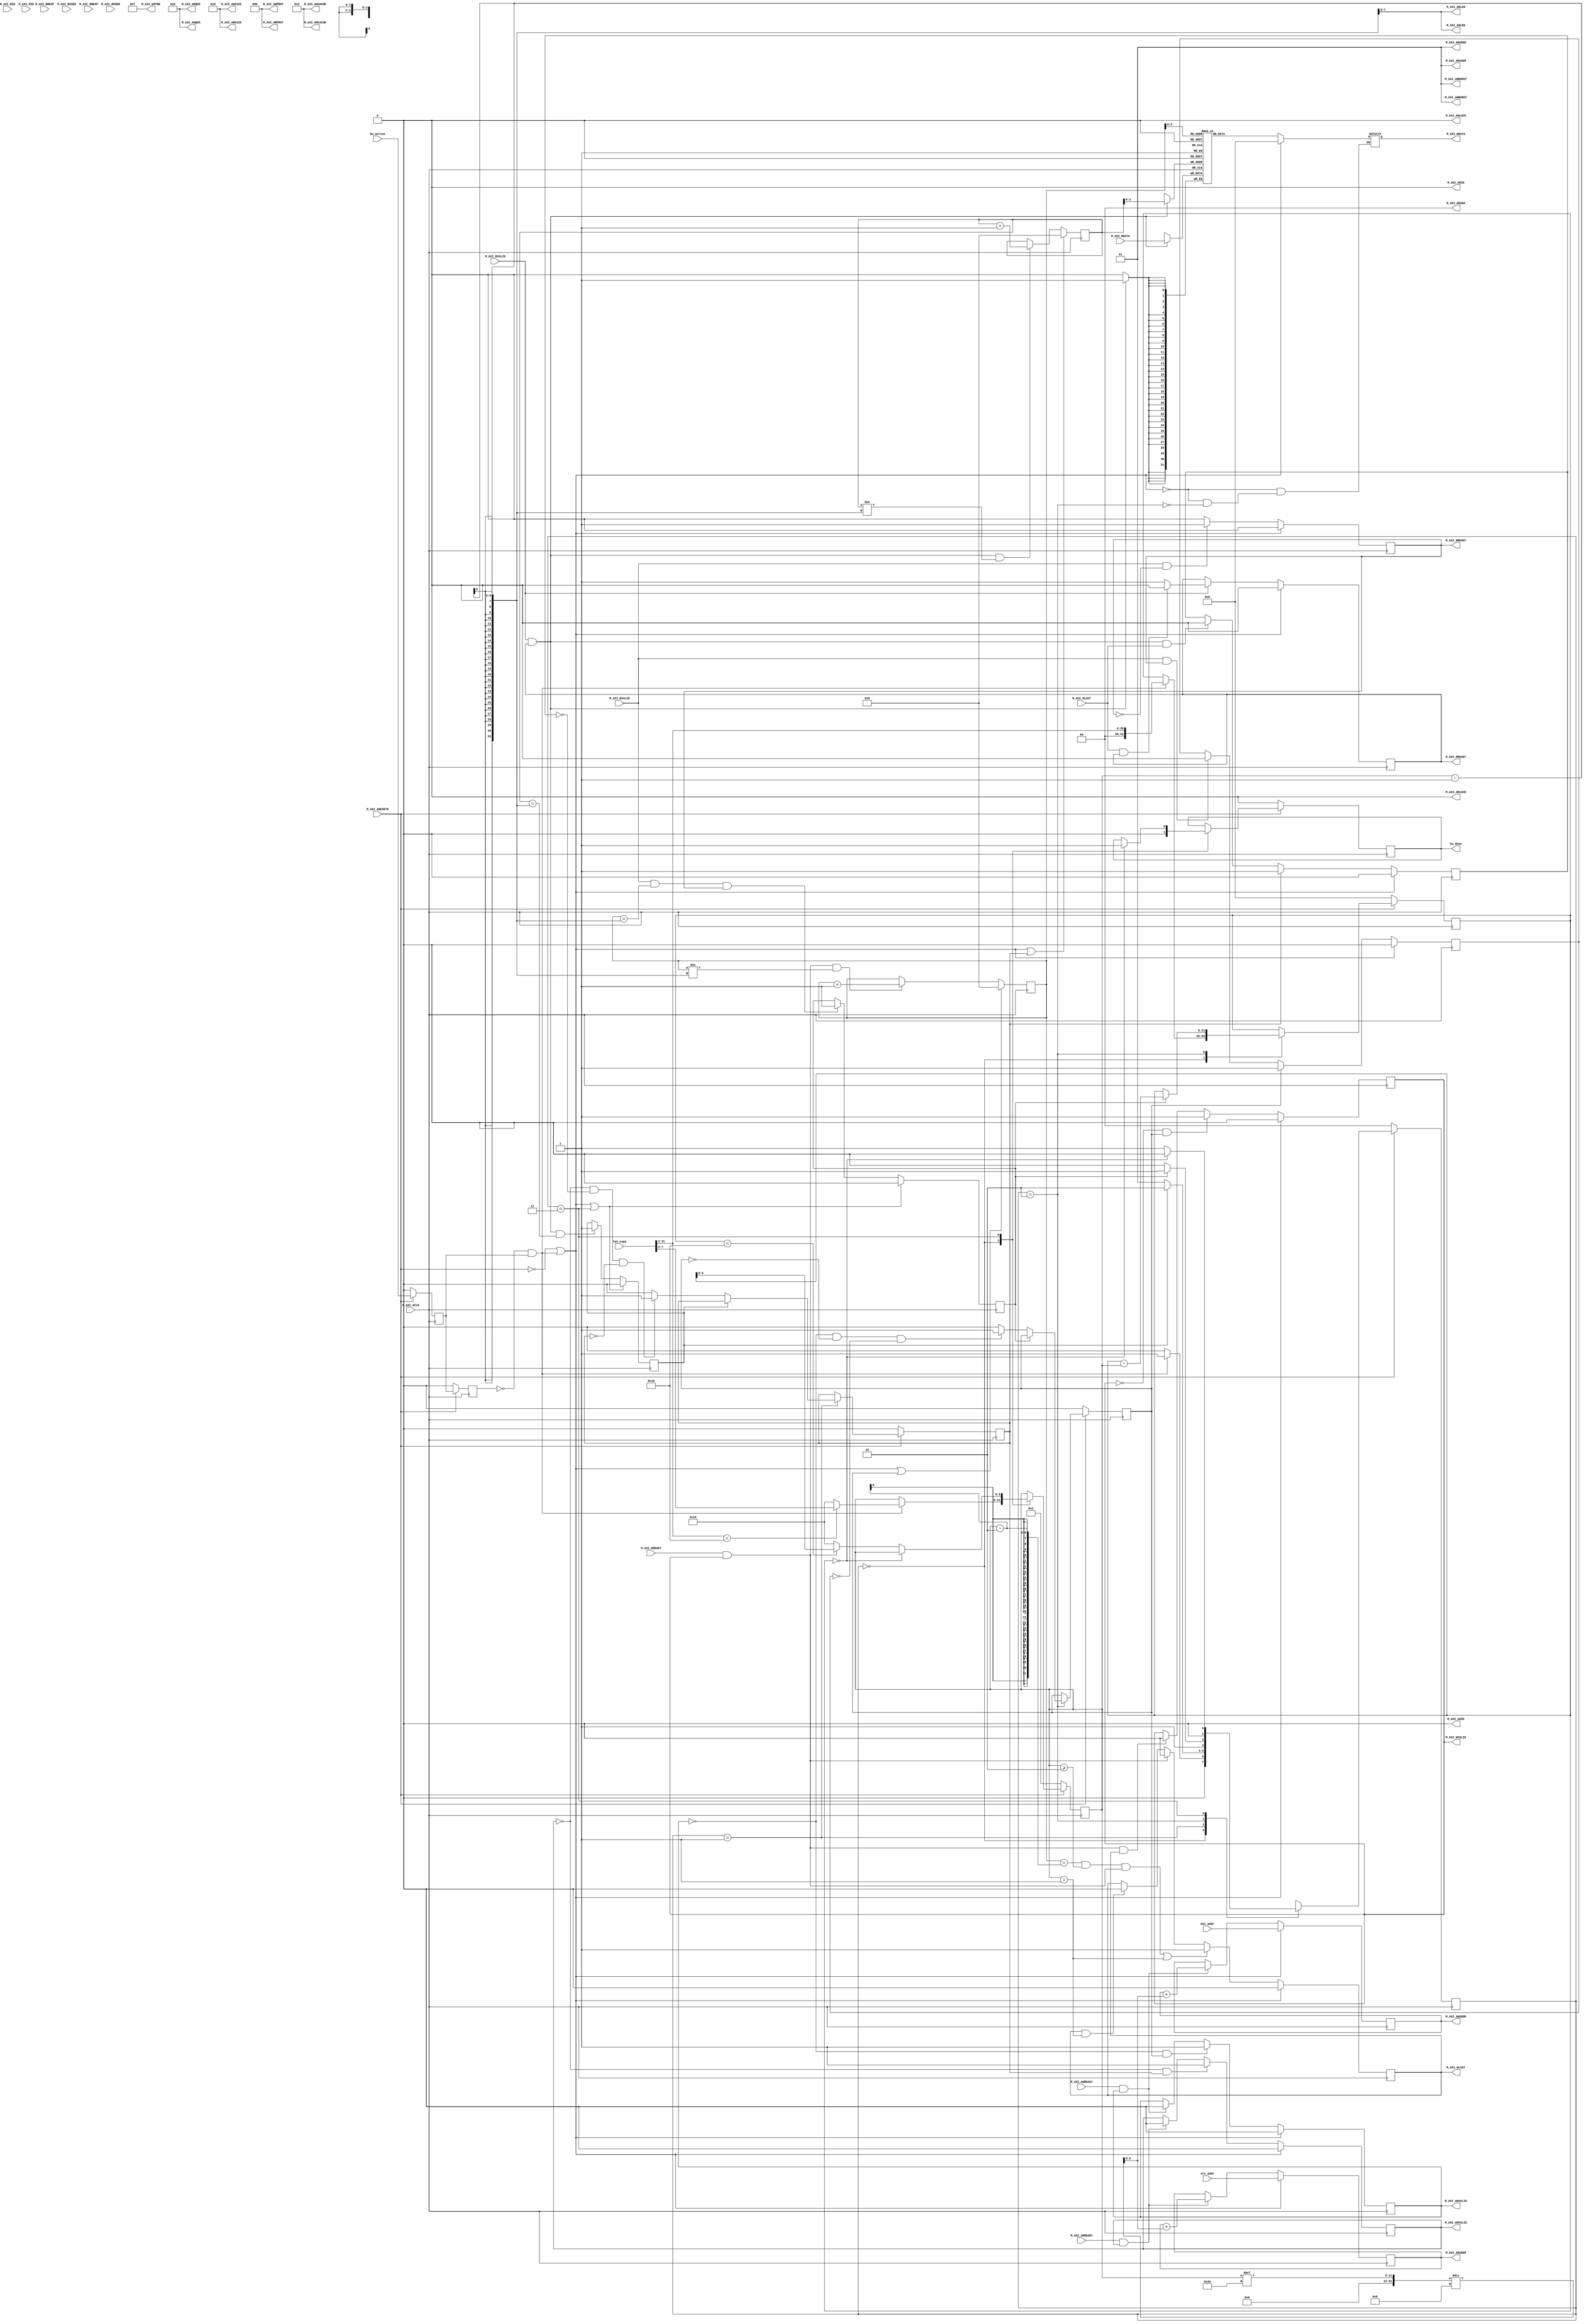
// sample code from teacher Chun-Jen Tsai 
// modified by Yi-Feng Chen
`timescale 1 ns / 1 ps

	module my_dma_v1_0_M00_AXI #
	(
		// Users to add parameters here

		// User parameters ends
		// Do not modify the parameters beyond this line

		// Base address of targeted slave
		parameter  C_M_TARGET_SLAVE_BASE_ADDR	= 32'h40000000,
		// Burst Length. Supports 1, 2, 4, 8, 16, 32, 64, 128, 256 burst lengths
		parameter integer C_M_AXI_BURST_LEN	= 16,
		// Thread ID Width
		parameter integer C_M_AXI_ID_WIDTH	= 1,
		// Width of Address Bus
		parameter integer C_M_AXI_ADDR_WIDTH	= 32,
		// Width of Data Bus
		parameter integer C_M_AXI_DATA_WIDTH	= 32,
		// Width of User Write Address Bus
		parameter integer C_M_AXI_AWUSER_WIDTH	= 0,
		// Width of User Read Address Bus
		parameter integer C_M_AXI_ARUSER_WIDTH	= 0,
		// Width of User Write Data Bus
		parameter integer C_M_AXI_WUSER_WIDTH	= 0,
		// Width of User Read Data Bus
		parameter integer C_M_AXI_RUSER_WIDTH	= 0,
		// Width of User Response Bus
		parameter integer C_M_AXI_BUSER_WIDTH	= 0
	)
	(
		// Users to add ports here
    input wire                           hw_active,
    input wire  [C_M_AXI_DATA_WIDTH-1:0] dst_addr,
    input wire  [C_M_AXI_DATA_WIDTH-1:0] src_addr,
    input wire  [C_M_AXI_DATA_WIDTH-1:0] len_copy,
    output reg                           hw_done,
		// User ports ends
		// Do not modify the ports beyond this line

		// Global Clock Signal.
		input wire  M_AXI_ACLK,
		// Global Reset Singal. This Signal is Active Low
		input wire  M_AXI_ARESETN,
		// Master Interface Write Address ID
		output wire [C_M_AXI_ID_WIDTH-1 : 0] M_AXI_AWID,
		// Master Interface Write Address
		output wire [C_M_AXI_ADDR_WIDTH-1 : 0] M_AXI_AWADDR,
		// Burst length. The burst length gives the exact number of transfers in a burst
		output wire [7 : 0] M_AXI_AWLEN,
		// Burst size. This signal indicates the size of each transfer in the burst
		output wire [2 : 0] M_AXI_AWSIZE,
		// Burst type. The burst type and the size information,
    // determine how the address for each transfer within the burst is calculated.
		output wire [1 : 0] M_AXI_AWBURST,
		// Lock type. Provides additional information about the
    // atomic characteristics of the transfer.
		output wire  M_AXI_AWLOCK,
		// Memory type. This signal indicates how transactions
    // are required to progress through a system.
		output wire [3 : 0] M_AXI_AWCACHE,
		// Protection type. This signal indicates the privilege
    // and security level of the transaction, and whether
    // the transaction is a data access or an instruction access.
		output wire [2 : 0] M_AXI_AWPROT,
		// Quality of Service, QoS identifier sent for each write transaction.
		output wire [3 : 0] M_AXI_AWQOS,
		// Optional User-defined signal in the write address channel.
		output wire [C_M_AXI_AWUSER_WIDTH-1 : 0] M_AXI_AWUSER,
		// Write address valid. This signal indicates that
    // the channel is signaling valid write address and control information.
		output wire  M_AXI_AWVALID,
		// Write address ready. This signal indicates that
    // the slave is ready to accept an address and associated control signals
		input wire  M_AXI_AWREADY,
		// Master Interface Write Data.
		output wire [C_M_AXI_DATA_WIDTH-1 : 0] M_AXI_WDATA,
		// Write strobes. This signal indicates which byte
    // lanes hold valid data. There is one write strobe
    // bit for each eight bits of the write data bus.
		output wire [C_M_AXI_DATA_WIDTH/8-1 : 0] M_AXI_WSTRB,
		// Write last. This signal indicates the last transfer in a write burst.
		output wire  M_AXI_WLAST,
		// Optional User-defined signal in the write data channel.
		output wire [C_M_AXI_WUSER_WIDTH-1 : 0] M_AXI_WUSER,
		// Write valid. This signal indicates that valid write
    // data and strobes are available
		output wire  M_AXI_WVALID,
		// Write ready. This signal indicates that the slave
    // can accept the write data.
		input wire  M_AXI_WREADY,
		// Master Interface Write Response.
		input wire [C_M_AXI_ID_WIDTH-1 : 0] M_AXI_BID,
		// Write response. This signal indicates the status of the write transaction.
		input wire [1 : 0] M_AXI_BRESP,
		// Optional User-defined signal in the write response channel
		input wire [C_M_AXI_BUSER_WIDTH-1 : 0] M_AXI_BUSER,
		// Write response valid. This signal indicates that the
    // channel is signaling a valid write response.
		input wire  M_AXI_BVALID,
		// Response ready. This signal indicates that the master
    // can accept a write response.
		output wire  M_AXI_BREADY,
		// Master Interface Read Address.
		output wire [C_M_AXI_ID_WIDTH-1 : 0] M_AXI_ARID,
		// Read address. This signal indicates the initial
    // address of a read burst transaction.
		output wire [C_M_AXI_ADDR_WIDTH-1 : 0] M_AXI_ARADDR,
		// Burst length. The burst length gives the exact number of transfers in a burst
		output wire [7 : 0] M_AXI_ARLEN,
		// Burst size. This signal indicates the size of each transfer in the burst
		output wire [2 : 0] M_AXI_ARSIZE,
		// Burst type. The burst type and the size information,
    // determine how the address for each transfer within the burst is calculated.
		output wire [1 : 0] M_AXI_ARBURST,
		// Lock type. Provides additional information about the
    // atomic characteristics of the transfer.
		output wire  M_AXI_ARLOCK,
		// Memory type. This signal indicates how transactions
    // are required to progress through a system.
		output wire [3 : 0] M_AXI_ARCACHE,
		// Protection type. This signal indicates the privilege
    // and security level of the transaction, and whether
    // the transaction is a data access or an instruction access.
		output wire [2 : 0] M_AXI_ARPROT,
		// Quality of Service, QoS identifier sent for each read transaction
		output wire [3 : 0] M_AXI_ARQOS,
		// Optional User-defined signal in the read address channel.
		output wire [C_M_AXI_ARUSER_WIDTH-1 : 0] M_AXI_ARUSER,
		// Write address valid. This signal indicates that
    // the channel is signaling valid read address and control information
		output wire  M_AXI_ARVALID,
		// Read address ready. This signal indicates that
    // the slave is ready to accept an address and associated control signals
		input wire  M_AXI_ARREADY,
		// Read ID tag. This signal is the identification tag
    // for the read data group of signals generated by the slave.
		input wire [C_M_AXI_ID_WIDTH-1 : 0] M_AXI_RID,
		// Master Read Data
		input wire [C_M_AXI_DATA_WIDTH-1 : 0] M_AXI_RDATA,
		// Read response. This signal indicates the status of the read transfer
		input wire [1 : 0] M_AXI_RRESP,
		// Read last. This signal indicates the last transfer in a read burst
		input wire  M_AXI_RLAST,
		// Optional User-defined signal in the read address channel.
		input wire [C_M_AXI_RUSER_WIDTH-1 : 0] M_AXI_RUSER,
		// Read valid. This signal indicates that the channel
    // is signaling the required read data.
		input wire  M_AXI_RVALID,
		// Read ready. This signal indicates that the master can
    // accept the read data and response information.
		output wire  M_AXI_RREADY
	);


	// function called clogb2 that returns an integer which has the
	//value of the ceiling of the log base 2

	  // function called clogb2 that returns an integer which has the 
	  // value of the ceiling of the log base 2.                      
	  function integer clogb2 (input integer bit_depth);              
	  begin                                                           
	    for(clogb2=0; bit_depth>0; clogb2=clogb2+1)                   
	      bit_depth = bit_depth >> 1;                                 
	    end                                                           
	  endfunction                                                     

	// C_TRANSACTIONS_NUM is the width of the index counter for 
	// number of write or read transaction.
	 localparam integer C_TRANSACTIONS_NUM = clogb2(C_M_AXI_BURST_LEN-1);

	// Example State machine to initialize counter, initialize write transactions, 
	// initialize read transactions and comparison of read data with the 
	// written data words.
	parameter [1:0]
	  IDLE = 2'b00, // This state initiates AXI4 transaction
			// after the state machine changes state to INIT_READ
			// when there is 0 to 1 transition on INIT_AXI_TXN
		INIT_READ  = 2'b01, // This state initializes read transaction
                // once reads are done, the state machine
                // changes state to INIT_WRITE
		INIT_WRITE = 2'b10, // This state initializes write transaction,
			// once writes are done, the state machine
			// changes state to COPY_DONE
		COPY_DONE  = 2'b11; // This state issues the status of comparison
			// of the written data with the read data

	reg [1:0] mst_exec_state;

	// AXI4LITE signals
	//AXI4 internal temp signals
	reg [C_M_AXI_ADDR_WIDTH-1 : 0] 	axi_awaddr;
	reg  	axi_awvalid;
	reg [C_M_AXI_DATA_WIDTH-1 : 0] 	axi_wdata;
	reg  	axi_wlast;
	reg  	axi_wvalid;
	reg  	axi_bready;
	reg [C_M_AXI_ADDR_WIDTH-1 : 0] 	axi_araddr;
	reg  	axi_arvalid;
	reg  	axi_rready;
	//write beat count in a burst
	reg [C_TRANSACTIONS_NUM : 0] 	write_index;
	//read beat count in a burst
	reg [C_TRANSACTIONS_NUM : 0] 	read_index;
	//size of C_M_AXI_BURST_LEN length burst in bytes
	wire [C_TRANSACTIONS_NUM+2 : 0] 	burst_size_bytes;
	reg  	start_single_burst_write;
	reg  	start_single_burst_read;
	reg  	writes_done;
	reg  	reads_done;
	reg  	burst_write_active;
	reg  	burst_read_active;
	//Interface response error flags
	wire  	write_resp_error;
	wire  	read_resp_error;
	wire  	wnext;
	wire  	rnext;
	reg  	init_txn_ff;
	reg  	init_txn_ff2;
	reg  	init_txn_edge;
	wire  	init_txn_pulse;

reg [C_TRANSACTIONS_NUM+1:0] burst_len;
reg [C_M_AXI_DATA_WIDTH-1 : 0] remain_to_copy;

    // The internal buffer to store one burst of data.
    // You MUST change this burst buffer to SRAM for lab4.
    reg [C_M_AXI_DATA_WIDTH-1:0] buffer [0:C_M_AXI_BURST_LEN-1];

	// I/O Connections assignments

	//I/O Connections. Write Address (AW)
	assign M_AXI_AWID	= 'b0;
	//The AXI address is a concatenation of the target base address + active offset range
	assign M_AXI_AWADDR	= /* C_M_TARGET_SLAVE_BASE_ADDR + */ axi_awaddr;
	//Burst LENgth is number of transaction beats, minus 1
	assign M_AXI_AWLEN	= burst_len - 1;
	//Size should be C_M_AXI_DATA_WIDTH, in 2^SIZE bytes, otherwise narrow bursts are used
	assign M_AXI_AWSIZE	= clogb2((C_M_AXI_DATA_WIDTH/8)-1);
	//INCR burst type is usually used, except for keyhole bursts
	assign M_AXI_AWBURST	= 2'b01;
	assign M_AXI_AWLOCK	= 1'b0;
	//Update value to 4'b0011 if coherent accesses to be used via the Zynq ACP port.
	// Not Allocated, Modifiable, not Bufferable. Not Bufferable since this example
	// is meant to test memory, not intermediate cache. 
	assign M_AXI_AWCACHE	= 4'b0010;
	assign M_AXI_AWPROT	= 3'h0;
	assign M_AXI_AWQOS	= 4'h0;
	assign M_AXI_AWUSER	= 'b1;
	assign M_AXI_AWVALID	= axi_awvalid;
	//Write Data(W)
	assign M_AXI_WDATA	= axi_wdata;
	//All bursts are complete and aligned in this example
	assign M_AXI_WSTRB	= {(C_M_AXI_DATA_WIDTH/8){1'b1}};
	assign M_AXI_WLAST	= axi_wlast;
	assign M_AXI_WUSER	= 'b0;
	assign M_AXI_WVALID	= axi_wvalid;
	//Write Response (B)
	assign M_AXI_BREADY	= axi_bready;
	//Read Address (AR)
	assign M_AXI_ARID	= 'b0;
	assign M_AXI_ARADDR	= /* C_M_TARGET_SLAVE_BASE_ADDR + */ axi_araddr;
	//Burst LENgth is number of transaction beats, minus 1
	assign M_AXI_ARLEN	= burst_len - 1;
	//Size should be C_M_AXI_DATA_WIDTH, in 2^n bytes, otherwise narrow bursts are used
	assign M_AXI_ARSIZE	= clogb2((C_M_AXI_DATA_WIDTH/8)-1);
	//INCR burst type is usually used, except for keyhole bursts
	assign M_AXI_ARBURST	= 2'b01;
	assign M_AXI_ARLOCK	= 1'b0;
	//Update value to 4'b0011 if coherent accesses to be used via the Zynq ACP port.
	// Not Allocated, Modifiable, not Bufferable. Not Bufferable since this example
	// is meant to test memory, not intermediate cache. 
	assign M_AXI_ARCACHE	= 4'b0010;
	assign M_AXI_ARPROT	= 3'h0;
	assign M_AXI_ARQOS	= 4'h0;
	assign M_AXI_ARUSER	= 'b1;
	assign M_AXI_ARVALID	= axi_arvalid;
	//Read and Read Response (R)
	assign M_AXI_RREADY	= axi_rready;
	//Example design I/O
	//Burst size in bytes
	assign burst_size_bytes	= burst_len * C_M_AXI_DATA_WIDTH/8;
	assign init_txn_pulse	= (!init_txn_ff2) && init_txn_ff;


	//Generate a one-clock pulse to initiate the AXI4 copy transaction.
	always @(posedge M_AXI_ACLK)
	  begin
	    // Initiates AXI transaction delay
	    if (M_AXI_ARESETN == 0 )
	      begin
	        init_txn_ff <= 1'b0;
	        init_txn_ff2 <= 1'b0;
	      end
	    else
	      begin
	        init_txn_ff <= hw_active;
	        init_txn_ff2 <= init_txn_ff;
	      end
	  end


	//--------------------
	//Write Address Channel
	//--------------------

	// The purpose of the write address channel is to request the address and
	// command information for the entire transaction.  It is a single beat
	// of information.

	// The AXI4 Write address channel in this example will continue to initiate
	// write commands as fast as it is allowed by the slave/interconnect.
	// The address will be incremented on each accepted address transaction,
	// by burst_size_byte to point to the next address.

	  always @(posedge M_AXI_ACLK)                                   
	  begin                                                                
	                                                                       
	    if (M_AXI_ARESETN == 0 || init_txn_pulse == 1'b1 )                                           
	      begin                                                            
	        axi_awvalid <= 1'b0;                                           
	      end                                                              
	    // If previously not valid , start next transaction                
	    else if (~axi_awvalid && start_single_burst_write)                 
	      begin                                                            
	        axi_awvalid <= 1'b1;                                           
	      end                                                              
	    /* Once asserted, VALIDs cannot be deasserted, so axi_awvalid      
	    must wait until transaction is accepted */                         
	    else if (M_AXI_AWREADY && axi_awvalid)                             
	      begin                                                            
	        axi_awvalid <= 1'b0;                                           
	      end                                                              
	    else                                                               
	      axi_awvalid <= axi_awvalid;                                      
	    end                                                                
	                                                                       
	                                                                       
	// Next address after AWREADY indicates previous address acceptance    
	  always @(posedge M_AXI_ACLK)                                         
	  begin                                                                
	    if (M_AXI_ARESETN == 0 || init_txn_pulse == 1'b1)                                            
	      begin                                                            
	        axi_awaddr <= dst_addr;                                             
	      end                                                              
	    else if (M_AXI_AWREADY && axi_awvalid)                             
	      begin                                                            
	        axi_awaddr <= axi_awaddr + burst_size_bytes;                   
	      end                                                              
	    else                                                               
	      axi_awaddr <= axi_awaddr;                                        
	    end                                                                


	//--------------------
	//Write Data Channel
	//--------------------

	//The write data will continually try to push write data across the interface.

	//The amount of data accepted will depend on the AXI slave and the AXI
	//Interconnect settings, such as if there are FIFOs enabled in interconnect.

	//Note that there is no explicit timing relationship to the write address channel.
	//The write channel has its own throttling flag, separate from the AW channel.

	//Synchronization between the channels must be determined by the user.

	//The simpliest but lowest performance would be to only issue one address write
	//and write data burst at a time.

	//In this example they are kept in sync by using the same address increment
	//and burst sizes. Then the AW and W channels have their transactions measured
	//with threshold counters as part of the user logic, to make sure neither
	//channel gets too far ahead of each other.

	//Forward movement occurs when the write channel is valid and ready

	  assign wnext = M_AXI_WREADY & axi_wvalid;                                   
	                                                                                    
	// WVALID logic, similar to the axi_awvalid always block above                      
	  always @(posedge M_AXI_ACLK)                                                      
	  begin                                                                             
	    if (M_AXI_ARESETN == 0 || init_txn_pulse == 1'b1 )                                                        
	      begin                                                                         
	        axi_wvalid <= 1'b0;                                                         
	      end                                                                           
	    // If previously not valid, start next transaction                              
	    else if (~axi_wvalid && start_single_burst_write)                               
	      begin                                                                         
	        axi_wvalid <= 1'b1;                                                         
	      end                                                                           
	    /* If WREADY and too many writes, throttle WVALID                               
	    Once asserted, VALIDs cannot be deasserted, so WVALID                           
	    must wait until burst is complete with WLAST */                                 
	    else if (wnext && axi_wlast)                                                    
	      axi_wvalid <= 1'b0;                                                           
	    else                                                                            
	      axi_wvalid <= axi_wvalid;                                                     
	  end                                                                               
	                                                                                    
	                                                                                    
	//WLAST generation on the MSB of a counter underflow                                
	// WVALID logic, similar to the axi_awvalid always block above                      
	  always @(posedge M_AXI_ACLK)                                                      
	  begin                                                                             
	    if (M_AXI_ARESETN == 0 || init_txn_pulse == 1'b1 )                                                        
	      begin                                                                         
	        axi_wlast <= 1'b0;                                                          
	      end                                                                           
	    // axi_wlast is asserted when the write index                                   
	    // count reaches the penultimate count to synchronize                           
	    // with the last write data when write_index is b1111                           
	    // else if (&(write_index[C_TRANSACTIONS_NUM-1:1])&& ~write_index[0] && wnext)  
	    else if (((write_index == burst_len-2 && burst_len >= 2) && wnext) || (burst_len == 1 ))
	      begin                                                                         
	        axi_wlast <= 1'b1;                                                          
	      end                                                                           
	    // Deassrt axi_wlast when the last write data has been                          
	    // accepted by the slave with a valid response                                  
	    else if (wnext)                                                                 
	      axi_wlast <= 1'b0;                                                            
	    else if (axi_wlast && burst_len == 1)                                   
	      axi_wlast <= 1'b0;                                                            
	    else                                                                            
	      axi_wlast <= axi_wlast;                                                       
	  end                                                                               
	                                                                                    
	                                                                                    
	/* Burst length counter. Uses extra counter register bit to indicate terminal       
	 count to reduce decode logic */                                                    
	  always @(posedge M_AXI_ACLK)                                                      
	  begin                                                                             
	    if (M_AXI_ARESETN == 0 || init_txn_pulse == 1'b1 || start_single_burst_write == 1'b1)    
	      begin                                                                         
	        write_index <= 0;                                                           
	      end                                                                           
	    else if (wnext && (write_index != burst_len-1))                         
	      begin                                                                         
	        write_index <= write_index + 1;                                             
	      end                                                                           
	    else                                                                            
	      write_index <= write_index;                                                   
	  end                                                                               
	                                                                                    
	                                                                                    
  /* Write Data Generator */
	  always @(*)                                                      
	  begin                                                                             
	    if (M_AXI_ARESETN == 0 || init_txn_pulse == 1)                                                         
	      axi_wdata = 0;                                                             
	    else if (mst_exec_state == INIT_WRITE)
	        axi_wdata = buffer[write_index];
	    else                                                                            
	      axi_wdata = axi_wdata;
	  end                                                                             


	//----------------------------
	//Write Response (B) Channel
	//----------------------------

	//The write response channel provides feedback that the write has committed
	//to memory. BREADY will occur when all of the data and the write address
	//has arrived and been accepted by the slave.

	//The write issuance (number of outstanding write addresses) is started by 
	//the Address Write transfer, and is completed by a BREADY/BRESP.

	//While negating BREADY will eventually throttle the AWREADY signal, 
	//it is best not to throttle the whole data channel this way.

	//The BRESP bit [1] is used indicate any errors from the interconnect or
	//slave for the entire write burst. This example will capture the error 
	//into the ERROR output. 

	  always @(posedge M_AXI_ACLK)                                     
	  begin                                                                 
	    if (M_AXI_ARESETN == 0 || init_txn_pulse == 1'b1 )                                            
	      begin                                                             
	        axi_bready <= 1'b0;                                             
	      end                                                               
	    // accept/acknowledge bresp with axi_bready by the master           
	    // when M_AXI_BVALID is asserted by slave                           
	    else if (M_AXI_BVALID && ~axi_bready)                               
	      begin                                                             
	        axi_bready <= 1'b1;                                             
	      end                                                               
	    // deassert after one clock cycle                                   
	    else if (axi_bready)                                                
	      begin                                                             
	        axi_bready <= 1'b0;                                             
	      end                                                               
	    // retain the previous value                                        
	    else                                                                
	      axi_bready <= axi_bready;                                         
	  end                                                                   
	                                                                        
	                                                                        
	//Flag any write response errors                                        
	  assign write_resp_error = axi_bready & M_AXI_BVALID & M_AXI_BRESP[1]; 


	//----------------------------
	//Read Address Channel
	//----------------------------

	//The Read Address Channel (AW) provides a similar function to the
	//Write Address channel- to provide the tranfer qualifiers for the burst.

	//In this example, the read address increments in the same
	//manner as the write address channel.

	  always @(posedge M_AXI_ACLK)                                 
	  begin                                                              
	                                                                     
	    if (M_AXI_ARESETN == 0 || init_txn_pulse == 1'b1 )                                         
	      begin                                                          
	        axi_arvalid <= 1'b0;                                         
	      end                                                            
	    // If previously not valid , start next transaction              
	    else if (~axi_arvalid && start_single_burst_read)                
	      begin                                                          
	        axi_arvalid <= 1'b1;                                         
	      end                                                            
	    else if (M_AXI_ARREADY && axi_arvalid)                           
	      begin                                                          
	        axi_arvalid <= 1'b0;                                         
	      end                                                            
	    else                                                             
	      axi_arvalid <= axi_arvalid;                                    
	  end                                                                
	                                                                     
	                                                                     
	// Next address after ARREADY indicates previous address acceptance  
	  always @(posedge M_AXI_ACLK)                                       
	  begin                                                              
	    if (M_AXI_ARESETN == 0 || init_txn_pulse == 1'b1)                                          
	      begin                                                          
	        axi_araddr <= src_addr;                                           
	      end                                                            
	    else if (M_AXI_ARREADY && axi_arvalid)                           
	      begin                                                          
	        axi_araddr <= axi_araddr + burst_size_bytes;                 
	      end                                                            
	    else                                                             
	      axi_araddr <= axi_araddr;                                      
	  end                                                                


	//--------------------------------
	//Read Data (and Response) Channel
	//--------------------------------

	 // Forward movement occurs when the channel is valid and ready   
	  assign rnext = M_AXI_RVALID && axi_rready;                            
	                                                                        
	                                                                        
	// Burst length counter. Uses extra counter register bit to indicate    
	// terminal count to reduce decode logic                                
	  always @(posedge M_AXI_ACLK)                                          
	  begin                                                                 
	    if (M_AXI_ARESETN == 0 || init_txn_pulse == 1'b1 || start_single_burst_read)                  
	      begin                                                             
	        read_index <= 0;                                                
	      end                                                               
	    else if (rnext && (read_index != burst_len-1))              
	      begin                                                             
	        read_index <= read_index + 1;                                   
	      end                                                               
	    else                                                                
	      read_index <= read_index;                                         
	  end                                                                   
	                                                                        
	                                                                        
	/*                                                                      
	 The Read Data channel returns the results of the read request          
	                                                                        
	 In this example the data checker is always able to accept              
	 more data, so no need to throttle the RREADY signal                    
	 */                                                                     
	  always @(posedge M_AXI_ACLK)                                          
	  begin                                                                 
	    if (M_AXI_ARESETN == 0 || init_txn_pulse == 1'b1 )                  
	      begin                                                             
	        axi_rready <= 1'b0;                                             
	      end                                                               
	    // accept/acknowledge rdata/rresp with axi_rready by the master     
	    // when M_AXI_RVALID is asserted by slave                           
	    else if (M_AXI_RVALID)                       
	      begin                                      
	         if (M_AXI_RLAST && axi_rready)          
	          begin                                  
	            axi_rready <= 1'b0;                  
	          end                                    
	         else                                    
	           begin                                 
	             axi_rready <= 1'b1;                 
	           end                                   
	      end                                        
	    // retain the previous value                 
	  end                                            
	                                                                        
	// Read a data burst into the buffer
	  always @(posedge M_AXI_ACLK)
	  begin
	    //Read data when RVALID is active
	    if (rnext)
	        buffer[read_index] <= M_AXI_RDATA;
	  end
	                                                                        
	//Flag any read response errors                                         
	  assign read_resp_error = axi_rready & M_AXI_RVALID & M_AXI_RRESP[1];  


	  //implement master command interface state machine                                                        
	                                                                                                            
	  always @ ( posedge M_AXI_ACLK)
	  begin
	    if (M_AXI_ARESETN == 1'b0 )
	      begin
	        // reset condition
	        // All the signals are assigned default values under reset condition
	        mst_exec_state      <= IDLE;
	        start_single_burst_write <= 1'b0;
	        start_single_burst_read  <= 1'b0;
            hw_done <= 0;
            burst_len <= 1;
						remain_to_copy <= 0;
	      end
	    else
	      begin
	        // state transition
	        case (mst_exec_state)

	          IDLE:
	            // Wait until the signal INIT_AXI_TXN becomes active.
	            if ( init_txn_pulse == 1'b1)
	              begin
	                remain_to_copy <= len_copy>>2;
	                burst_len <= len_copy>>2 < C_M_AXI_BURST_LEN ? len_copy>>2 : C_M_AXI_BURST_LEN;
	                mst_exec_state  <= INIT_READ;
                    hw_done <= 0;
	              end
	            else
	              begin
	                mst_exec_state  <= IDLE;
                    hw_done <= 0;
	              end

	          INIT_READ:
	            // This state is responsible to issue start_single_read pulse to
	            // initiate a read transaction. Read transactions will be
	            // issued until burst_read_active signal is asserted.
	            // read controller
	            if (reads_done)
	              begin
	                mst_exec_state <= INIT_WRITE;
	              end
	            else
	              begin
	                mst_exec_state  <= INIT_READ;

	                if (~axi_arvalid && ~burst_read_active && ~start_single_burst_read)
	                  begin
	                    start_single_burst_read <= 1'b1;
	                  end
	               else
	                 begin
	                   start_single_burst_read <= 1'b0; //Negate to generate a pulse
	                 end
	              end

	          INIT_WRITE:
	            // This state is responsible to issue start_single_write pulse to
	            // initiate a write transaction. Write transactions will be
	            // issued until burst_write_active signal is asserted.
	            // write controller
	            if (writes_done)
	              begin
	                remain_to_copy <= remain_to_copy - burst_len;
	                mst_exec_state <= COPY_DONE;//
	              end
	            else
	              begin
	                mst_exec_state  <= INIT_WRITE;

	                if (~axi_awvalid && ~start_single_burst_write && ~burst_write_active)
	                  begin
	                    start_single_burst_write <= 1'b1;
	                  end
	                else
	                  begin
	                    start_single_burst_write <= 1'b0; //Negate to generate a pulse
	                  end
	              end

	          COPY_DONE:
	            // This state is responsible to issue the state of comparison
	            // of written data with the read data. If no error flags are set,
	            // compare_done signal will be asseted to indicate success.
	            //if (~error_reg)
	            begin
	              if (remain_to_copy == 0) begin
	                mst_exec_state <= IDLE;
	                hw_done <= 1;
	              end
	              else begin
	                mst_exec_state <= INIT_READ;
	                burst_len <= remain_to_copy < C_M_AXI_BURST_LEN ? remain_to_copy : C_M_AXI_BURST_LEN;
	              end
	            end
	          default :
	            begin
	              mst_exec_state  <= IDLE;
	            end
	        endcase
	      end
	  end //MASTER_EXECUTION_PROC

	  // burst_write_active signal is asserted when there is a burst write transaction                          
	  // is initiated by the assertion of start_single_burst_write. burst_write_active                          
	  // signal remains asserted until the burst write is accepted by the slave                                 
	  always @(posedge M_AXI_ACLK)                                                                              
	  begin                                                                                                     
	    if (M_AXI_ARESETN == 0 || init_txn_pulse == 1'b1)                                                                                 
	      burst_write_active <= 1'b0;                                                                           
	                                                                                                            
	    //The burst_write_active is asserted when a write burst transaction is initiated                        
	    else if (start_single_burst_write)                                                                      
	      burst_write_active <= 1'b1;                                                                           
	    else if (M_AXI_BVALID && axi_bready)                                                                    
	      burst_write_active <= 0;                                                                              
	  end                                                                                                       
	                                                                                                            
	 // Check for last write completion.                                                                        
	                                                                                                            
	 // This logic is to qualify the last write count with the final write                                      
	 // response. This demonstrates how to confirm that a write has been                                        
	 // committed.                                                                                              
	                                                                                                            
	  always @(posedge M_AXI_ACLK)                                                                              
	  begin                                                                                                     
	    if (M_AXI_ARESETN == 0 || init_txn_pulse == 1'b1 || mst_exec_state == COPY_DONE)                                                                                 
	      writes_done <= 1'b0;                                                                                  
	                                                                                                            
	    //The writes_done should be associated with a bready response                                           
	    //else if (M_AXI_BVALID && axi_bready && (write_burst_counter == {(C_NO_BURSTS_REQ-1){1}}) && axi_wlast)
	    else if (M_AXI_BVALID && (write_index == burst_len-1) && axi_bready)                          
	      writes_done <= 1'b1;                                                                                  
	    else                                                                                                    
	      writes_done <= writes_done;                                                                           
	    end                                                                                                     
	                                                                                                            
	  // burst_read_active signal is asserted when there is a burst write transaction                           
	  // is initiated by the assertion of start_single_burst_write. start_single_burst_read                     
	  // signal remains asserted until the burst read is accepted by the master                                 
	  always @(posedge M_AXI_ACLK)                                                                              
	  begin                                                                                                     
	    if (M_AXI_ARESETN == 0 || init_txn_pulse == 1'b1)                                                                                 
	      burst_read_active <= 1'b0;                                                                            
	                                                                                                            
	    //The burst_write_active is asserted when a write burst transaction is initiated                        
	    else if (start_single_burst_read)                                                                       
	      burst_read_active <= 1'b1;                                                                            
	    else if (M_AXI_RVALID && axi_rready && M_AXI_RLAST)                                                     
	      burst_read_active <= 0;                                                                               
	    end                                                                                                     
	                                                                                                            
	                                                                                                            
	 // Check for last read completion.                                                                         
	                                                                                                            
	 // This logic is to qualify the last read count with the final read                                        
	 // response. This demonstrates how to confirm that a read has been                                         
	 // committed.                                                                                              
	                                                                                                            
	  always @(posedge M_AXI_ACLK)                                                                              
	  begin                                                                                                     
	    if (M_AXI_ARESETN == 0 || init_txn_pulse == 1'b1 || mst_exec_state == COPY_DONE)                                                                                 
	      reads_done <= 1'b0;                                                                                   
	                                                                                                            
	    //The reads_done should be associated with a rready response                                            
	    //else if (M_AXI_BVALID && axi_bready && (write_burst_counter == {(C_NO_BURSTS_REQ-1){1}}) && axi_wlast)
	    else if (M_AXI_RVALID && axi_rready && (read_index == burst_len-1))
	      reads_done <= 1'b1;                                                                                   
	    else                                                                                                    
	      reads_done <= reads_done;                                                                             
	    end                                                                                                     

	// Add user logic here

	// User logic ends

	endmodule